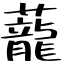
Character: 蘢